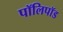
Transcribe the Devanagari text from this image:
पॉलिपॉड